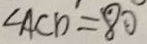
\angle A C D = 8 0 ^ { \circ }